Punjab Mental Hospital Lahore 1922-31 - 1922-1931
Year: 1922
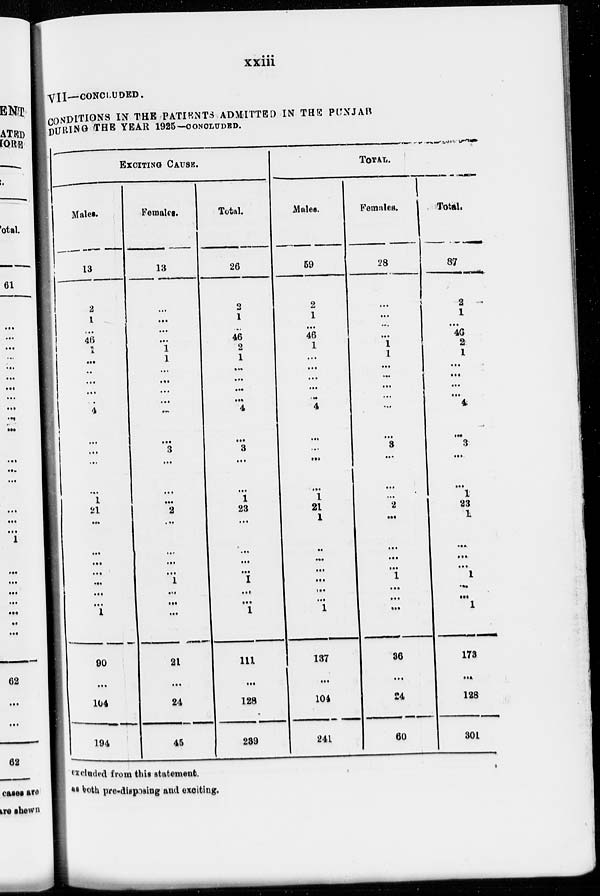
xxiii
VII—CONCLUDED.
CONDITIONS IN THE PATIENTS ADMITTED IN THE PUNJAB
DURING THE YEAR 1925—CONCLUDED.
EXCITING CAUSE.
Males.
13
2
1
...
46
1
...
...
...
...
...
4
...
...
...
...
1
21
...
...
...
...
...
...
...
1
90
...
104
194
Females.
13
...
...
...
...
1
1
...
...
...
...
...
...
3
...
...
...
2
...
...
...
...
1
...
...
...
21
...
24
45
Total.
26
2
1
...
46
2
1
...
...
...
...
4
...
3
...
...
1
23
...
...
...
...
1
...
...
1
111
...
128
239
TOTAL.
Males.
59
2
1
...
46
1
...
...
...
...
...
4
...
...
...
...
1
21
1
...
...
...
...
...
...
1
137
...
104
241
Females.
28
...
...
...
...
1
1
...
...
...
...
...
...
3
...
...
...
2
...
...
...
...
1
...
...
...
36
...
24
60
Total.
87
2
1
...
46
2
1
...
...
...
...
4
...
3
...
...
1
23
1
...
...
...
1
...
...
1
173
...
128
301
excluded from this statement.
as both pre-disposing and exciting.